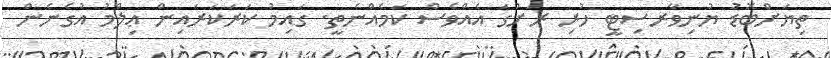
ތިޔަށްބޮޑު ޔުނިވާރސިޓީ ހުރި ރަށުގަ އެއްވެސް ކަމެއްނެތީ. ގައިމު ކަރަކަރައިން ޢިލްމު އުގެނެން